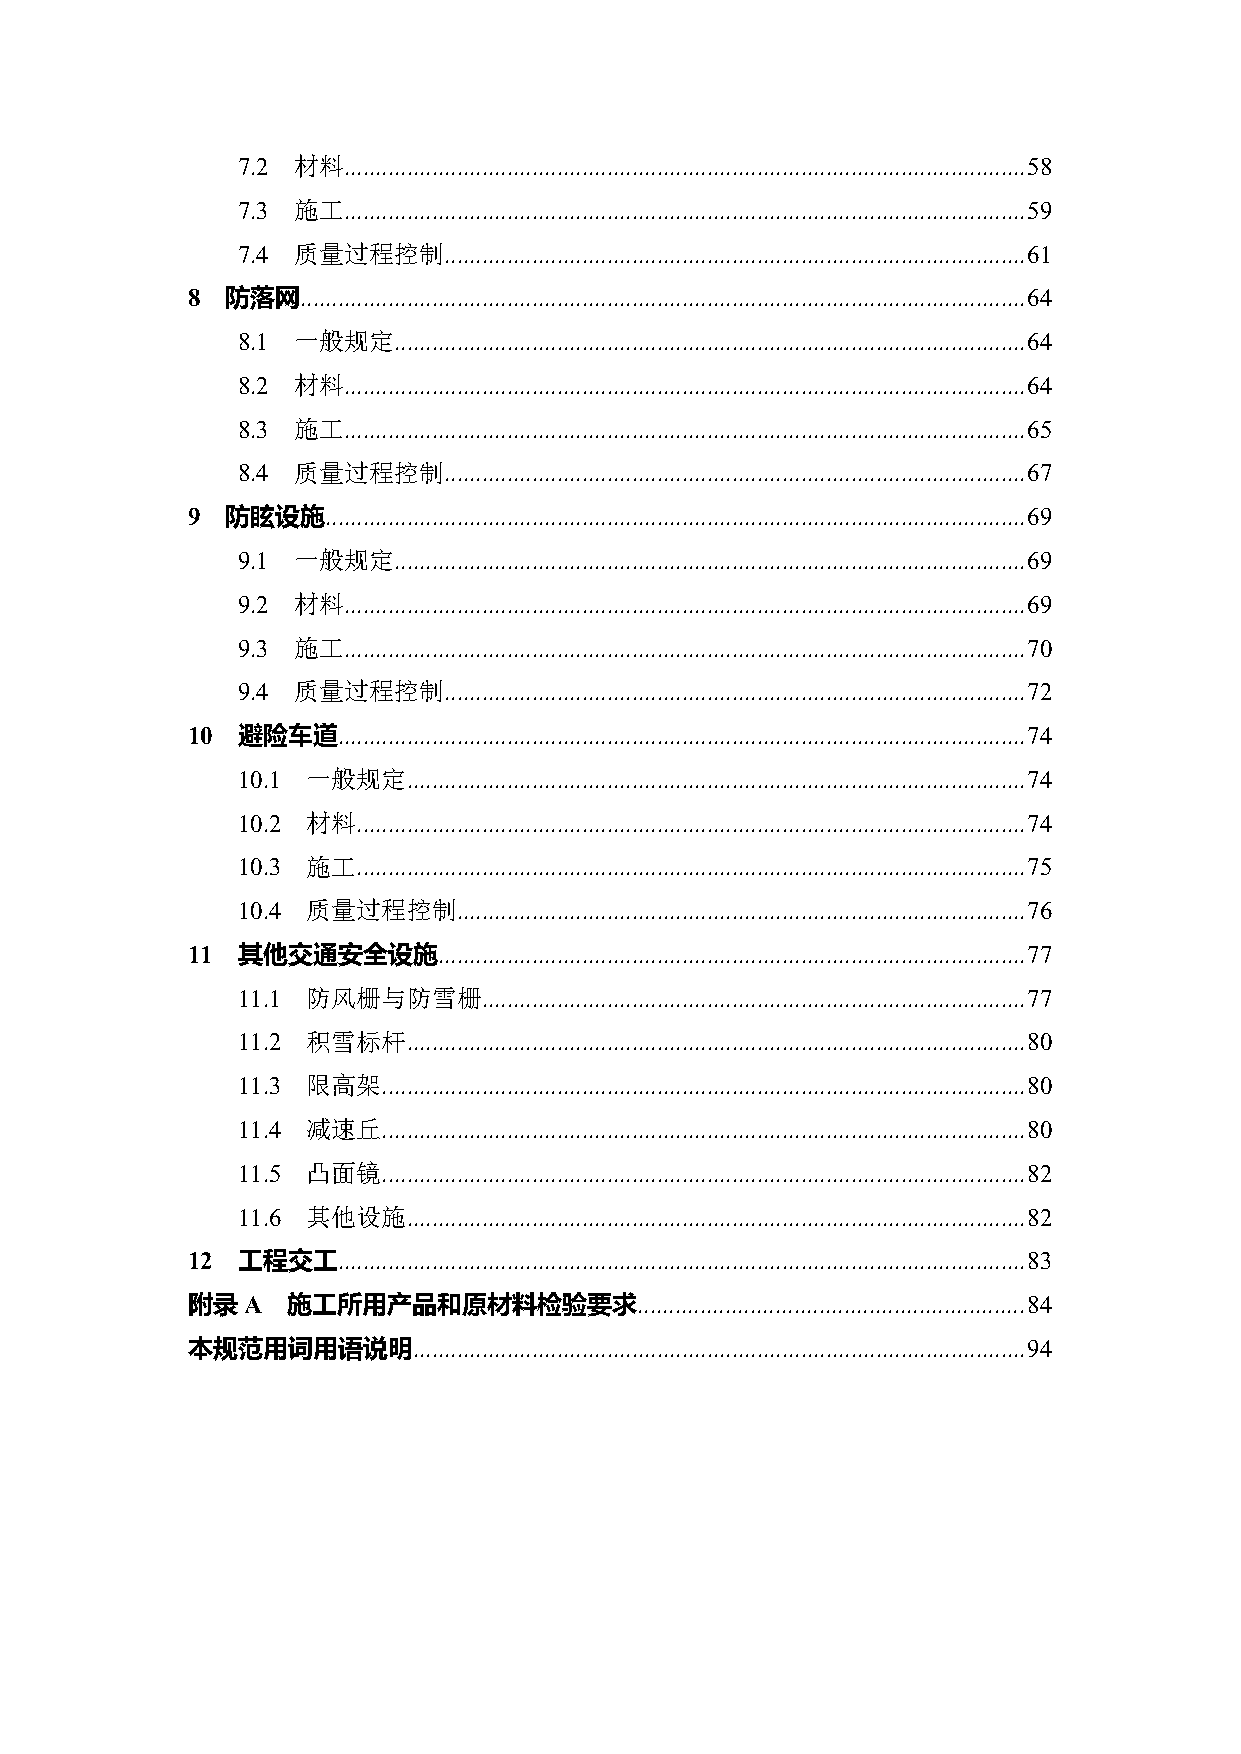
7.2 材料.............................................................................................................58
 7.3 施工.............................................................................................................59
 7.4 质量过程控制.............................................................................................61
 8  防落网....................................................................................................................64
 8.1 一般规定.....................................................................................................64
 8.2 材料.............................................................................................................64
 8.3 施工.............................................................................................................65
 8.4 质量过程控制.............................................................................................67
 9  防眩设施................................................................................................................69
 9.1 一般规定.....................................................................................................69
 9.2 材料.............................................................................................................69
 9.3 施工.............................................................................................................70
 9.4 质量过程控制.............................................................................................72
 10  避险车道..............................................................................................................74
 10.1 一般规定...................................................................................................74
 10.2 材料...........................................................................................................74
 10.3 施工...........................................................................................................75
 10.4 质量过程控制...........................................................................................76
 11  其他交通安全设施..............................................................................................77
 11.1 防风栅与防雪栅.......................................................................................77
 11.2 积雪标杆...................................................................................................80
 11.3 限高架.......................................................................................................80
 11.4 减速丘.......................................................................................................80
 11.5 凸面镜.......................................................................................................82
 11.6 其他设施...................................................................................................82
 12  工程交工..............................................................................................................83
 附录A    施工所用产品和原材料检验要求..............................................................84
 本规范用词用语说明..................................................................................................94